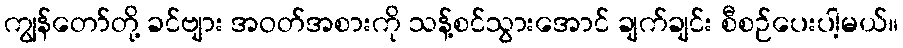
ကျွန်တော်တို့ ခင်ဗျား အဝတ်အစားကို သန့်စင်သွားအောင် ချက်ချင်း စီစဉ်ပေးပါ့မယ်။